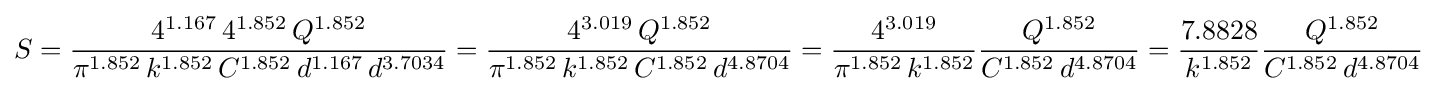
S={4^{1.167}\,4^{1.852}\,Q^{1.852} \over \pi ^{1.852}\,k^{1.852}\,C^{1.852}\,d^{1.167}\,d^{3.7034}}={4^{3.019}\,Q^{1.852} \over \pi ^{1.852}\,k^{1.852}\,C^{1.852}\,d^{4.8704}}={4^{3.019} \over \pi ^{1.852}\,k^{1.852}}{Q^{1.852} \over C^{1.852}\,d^{4.8704}}={7.8828 \over k^{1.852}}{Q^{1.852} \over C^{1.852}\,d^{4.8704}}